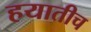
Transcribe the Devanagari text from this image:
हयातीच